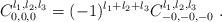
LaTeX: \begin{align*}C^{l_{1},l_{2},l_{3}}_{0,0,0} = (-1)^{l_{1}+l_{2}+l_{3}}C^{l_{1},l_{2},l_{3}}_{-0,-0,-0} \ .\end{align*}